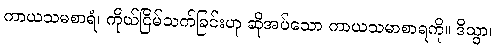
ကာယသမစာရံ၊ ကိုယ်ငြိမ်သက်ခြင်းဟု ဆိုအပ်သော ကာယသမာစာရကို။ ဒိသွာ၊